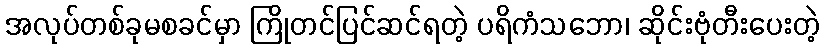
အလုပ်တစ်ခုမစခင်မှာ ကြိုတင်ပြင်ဆင်ရတဲ့ ပရိကံသဘော၊ ဆိုင်းဗုံတီးပေးတဲ့